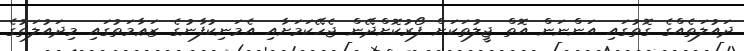
ދައުލަތެއްގެ ގޮތުގައި އަންނަން އޮތް ޖީލުތަކަށް ފޯރުކޮށްދޭން ޖެހޭކަމަށާއި އެމަނިކުފާނުގެ ޒަޢާމަތުގައި މިދައުލަތުގެ